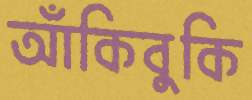
আঁকিবুকি